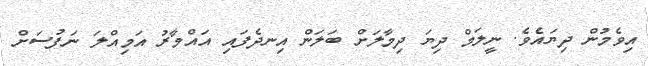
އިވެމުން ދިޔައެވެ. ނީލަމް ދިޔަ ދިމާލަށް ބަލަން އިނދެފައި އައްމާރު އަމިއްލަ ނަފުސަށް